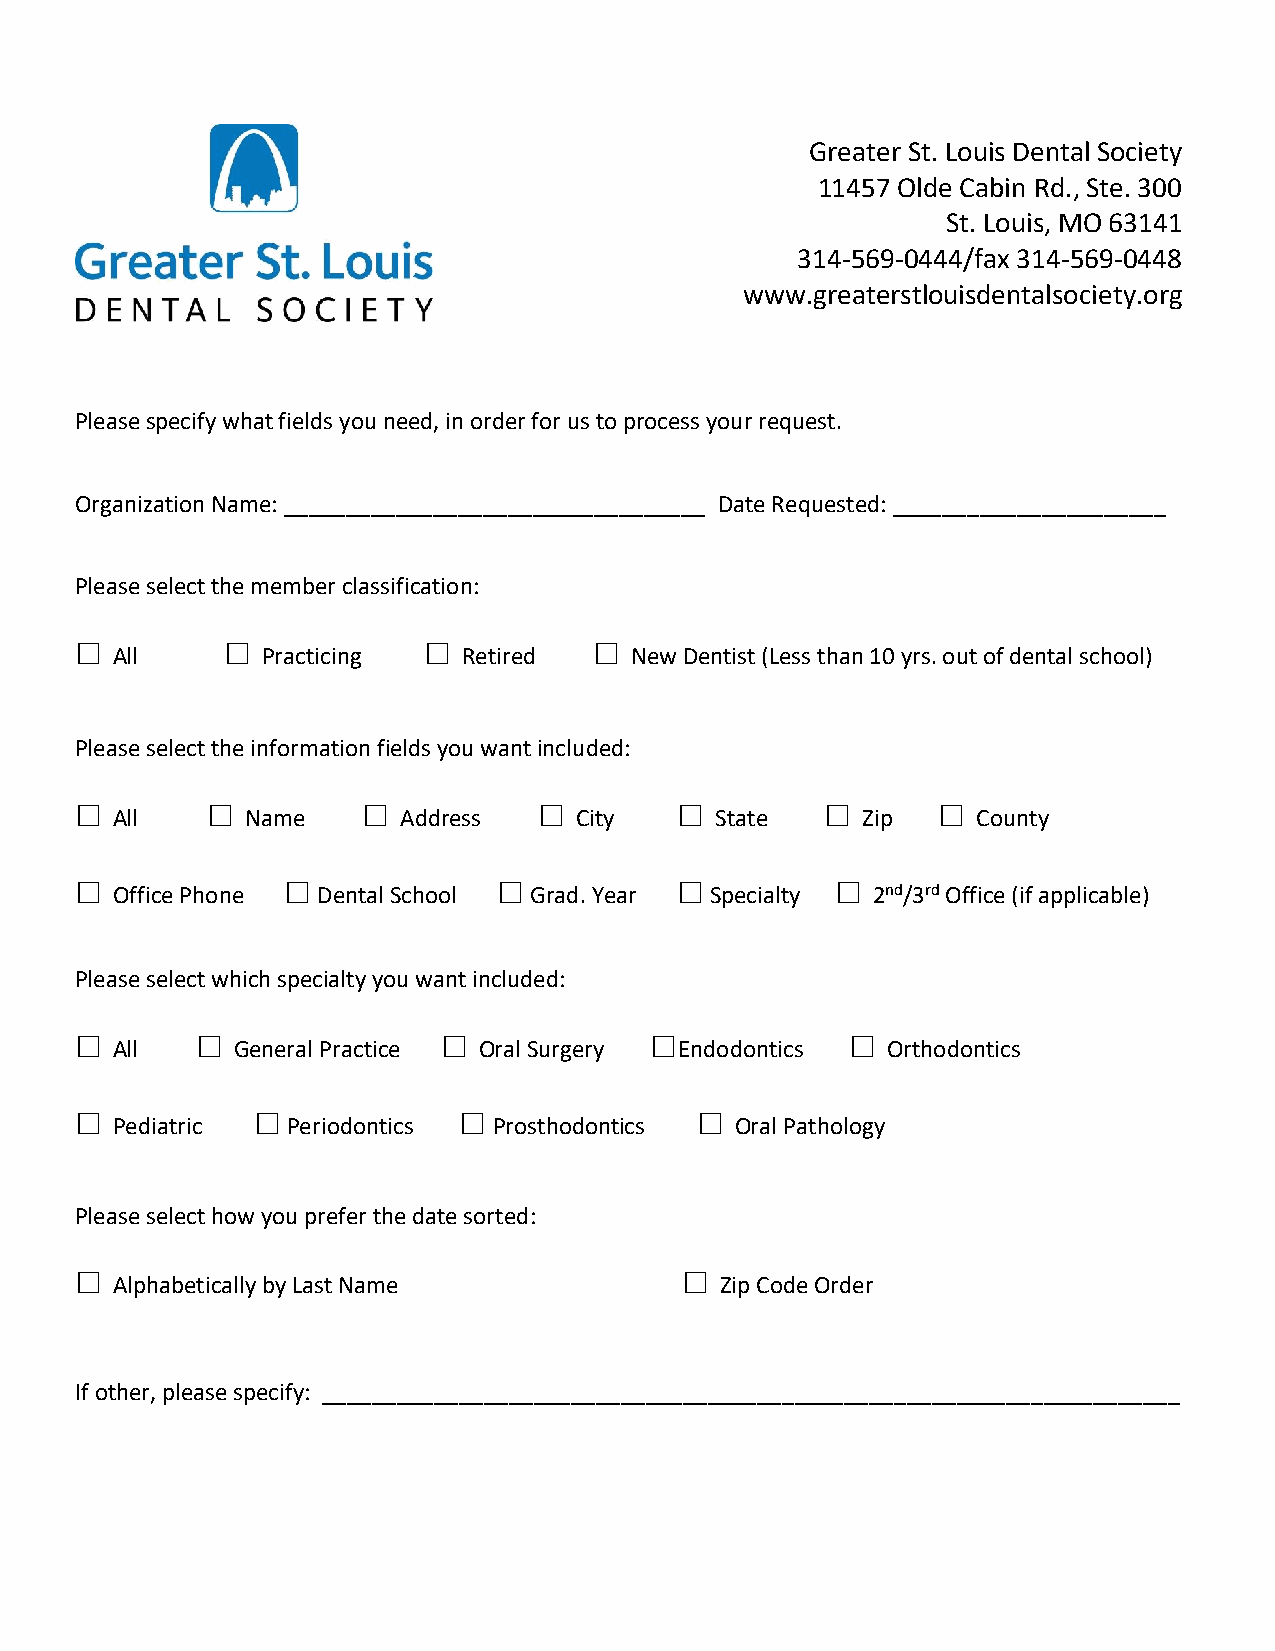
Greater St. Louis Dental Society
 11457 Olde Cabin Rd., Ste. 300
 St. Louis, MO 63141
 314-569-0444/fax 314-569-0448
 www.greaterstlouisdentalsociety.org
 Please specify what fields you need, in order for us to process your request.
 Organization Name: __________________________________ Date Requested: ______________________
 Please select the member classification:
 □         □            □          □
 All       Practicing    Retired    New Dentist (Less than 10 yrs. out of dental school)
 Please select the information fields you want included:
 □        □         □           □        □         □      □
 All      Name      Address     City     State     Zip     County
 □             □             □           □         □
 Office Phone  Dental School Grad. Year  Specialty  2nd/3rd Office (if applicable)
 Please select which specialty you want included:
 □       □               □             □            □
 All     General Practice Oral Surgery Endodontics   Orthodontics
 □           □            □               □
 Pediatric   Periodontics  Prosthodontics  Oral Pathology
 Please select how you prefer the date sorted:
 □                                       □
 Alphabetically by Last Name              Zip Code Order
 If other, please specify: _____________________________________________________________________